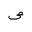
Letter: _sad